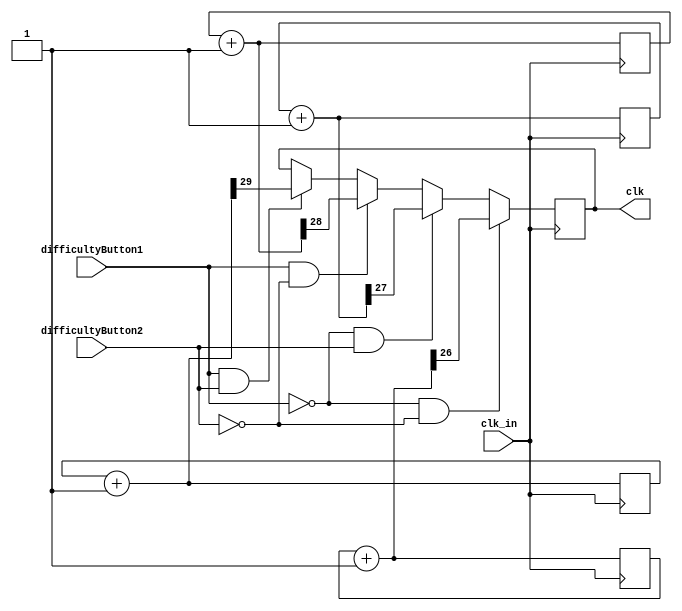
`timescale 1ns / 1ps
//////////////////////////////////////////////////////////////////////////////////
// Company: 
// Engineer: 
// 
// Design Name: 
// Module Name: freq_divider
// Project Name: 
// Target Devices: 
// Tool Versions: 
// Description: 
// 
// Dependencies: 
// 
// Revision:
// Revision 0.01 - File Created
// Additional Comments:
// 
//////////////////////////////////////////////////////////////////////////////////

module freq_divider(clk_in , clk , difficultyButton1 , difficultyButton2);
input clk_in;
output reg clk;
input difficultyButton1 , difficultyButton2;

reg [26:0] counterA= 0;
reg [27:0] counterB= 0;
reg [28:0] counterC= 0;
reg [29:0] counterD= 0;


always @(posedge clk_in)
begin

    
    
    counterA = counterA + 26'd1;
    counterB = counterB + 27'd1;
    counterC = counterC + 28'd1;
    counterD = counterD + 29'd1;
    
    if(!difficultyButton1 & !difficultyButton2)
        begin
        clk = counterA[26];
        end
    else if(!difficultyButton1 & difficultyButton2)
        begin
        clk = counterB[27];
        end
    else if(difficultyButton1 & !difficultyButton2)
        begin
        clk = counterC[28];
        end
    else if(difficultyButton1 & difficultyButton2)
        begin
        clk = counterD[29];
        end

    
end
endmodule